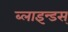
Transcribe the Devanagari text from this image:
ब्लाइन्डस्